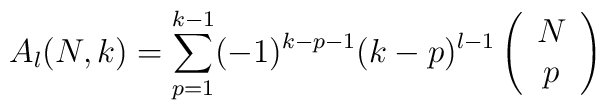
A_l(N,k) = \sum_{p=1}^{k-1}(-1)^{k-p-1}(k-p)^{l-1}\left(\begin{array}{c}N \\p\end{array}\right)